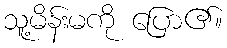
သူ့မိန်းမကို ပြော၏။